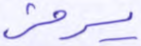
يرمز